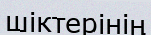
шіктерінің